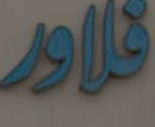
فلاور